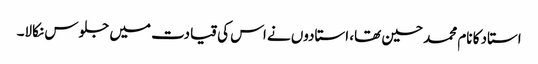
استاد کا نام محمد حسین تھا، استادوں نے اس کی قیادت میں جلوس نکالا۔